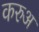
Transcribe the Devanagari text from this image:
करुअ